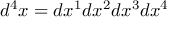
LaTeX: d ^ { 4 } x = d x ^ { 1 } d x ^ { 2 } d x ^ { 3 } d x ^ { 4 }